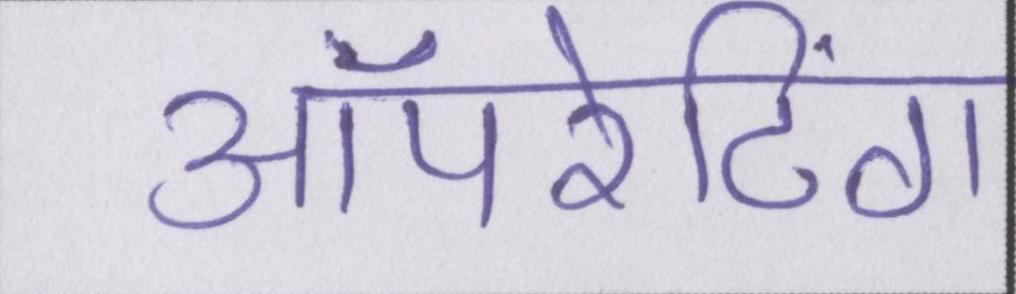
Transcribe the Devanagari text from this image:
ऑपरेटिंग